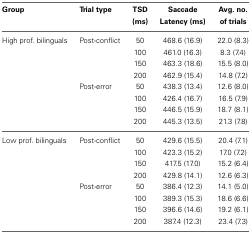
<table><thead><tr><td><b>Group</b></td><td><b>Trial type</b></td><td><b>TSD (ms)</b></td><td><b>Saccade Latency (ms)</b></td><td><b>Avg. no. of trials</b></td></tr></thead><tbody><tr><td>High prof. bilinguals</td><td>Post-conflict</td><td>50</td><td>468.6 (16.9)</td><td>22.0 (8.3)</td></tr><tr><td></td><td></td><td>100</td><td>461.0 (16.3)</td><td>8.3 (7.4)</td></tr><tr><td></td><td></td><td>150</td><td>463.3 (18.6)</td><td>15.5 (8.0)</td></tr><tr><td></td><td></td><td>200</td><td>462.9 (15.4)</td><td>14.8 (7.2)</td></tr><tr><td></td><td>Post-error</td><td>50</td><td>438.3 (13.4)</td><td>12.6 (8.0)</td></tr><tr><td></td><td></td><td>100</td><td>426.4 (16.7)</td><td>16.5 (7.9)</td></tr><tr><td></td><td></td><td>150</td><td>446.5 (15.9)</td><td>18.7 (8.1)</td></tr><tr><td></td><td></td><td>200</td><td>445.3 (13.5)</td><td>21.3 (7.8)</td></tr><tr><td>Low prof. bilinguals</td><td>Post-conflict</td><td>50</td><td>429.6 (15.5)</td><td>20.4 (7.1)</td></tr><tr><td></td><td></td><td>100</td><td>423.3 (15.2)</td><td>17.0 (7.2)</td></tr><tr><td></td><td></td><td>150</td><td>417.5 (17.0)</td><td>15.2 (6.4)</td></tr><tr><td></td><td></td><td>200</td><td>429.8 (14.1)</td><td>12.6 (6.3)</td></tr><tr><td></td><td>Post-error</td><td>50</td><td>386.4 (12.3)</td><td>14.1 (5.0)</td></tr><tr><td></td><td></td><td>100</td><td>389.3 (15.3)</td><td>18.6 (6.6)</td></tr><tr><td></td><td></td><td>150</td><td>396.6 (14.6)</td><td>19.2 (6.1)</td></tr><tr><td></td><td></td><td>200</td><td>387.4 (12.3)</td><td>23.4 (7.3)</td></tr></tbody></table>